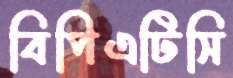
বিপিএটিসি